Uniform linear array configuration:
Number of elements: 32
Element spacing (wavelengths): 1
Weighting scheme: kaiser
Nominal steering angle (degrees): -15
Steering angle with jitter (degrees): -15.855
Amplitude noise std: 0.05
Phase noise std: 0.05

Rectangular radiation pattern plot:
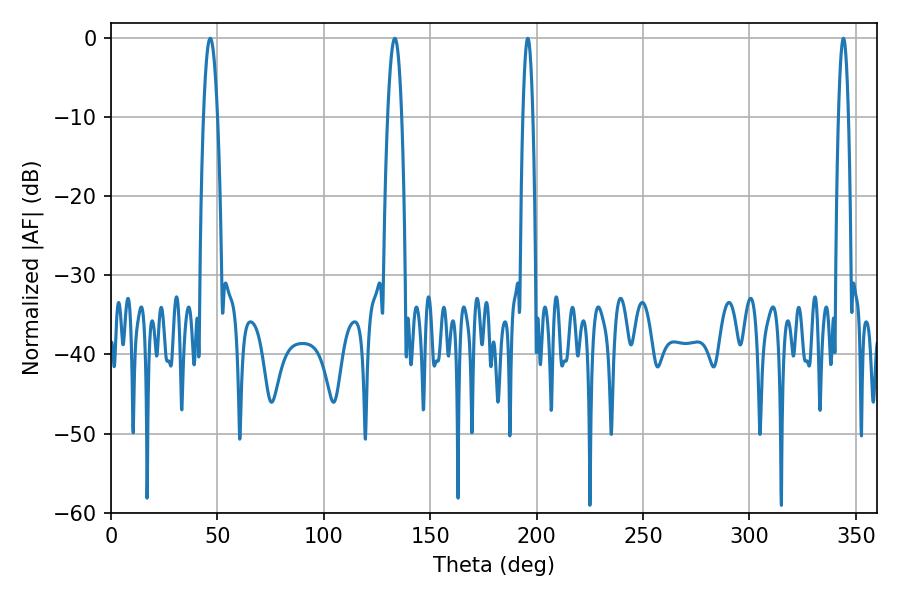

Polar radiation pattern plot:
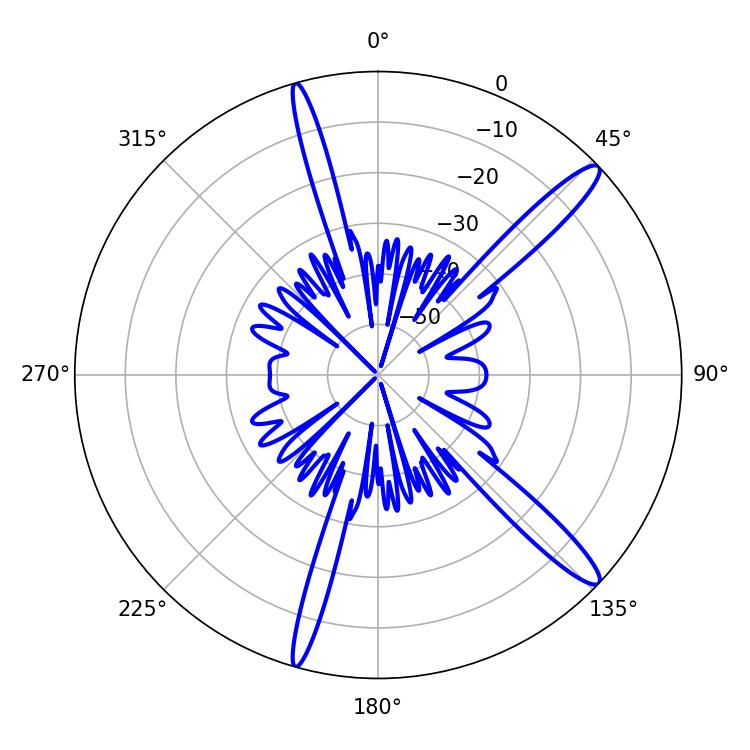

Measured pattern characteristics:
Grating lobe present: TRUE
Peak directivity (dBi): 14.36
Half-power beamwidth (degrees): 2.52
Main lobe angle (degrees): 195.84